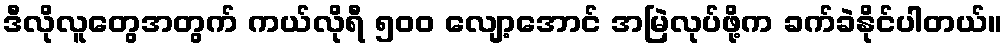
ဒီလိုလူတွေအတွက် ကယ်လိုရီ ၅၀၀ လျော့အောင် အမြဲလုပ်ဖို့က ခက်ခဲနိုင်ပါတယ်။